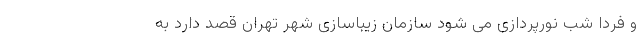
و فردا شب نورپردازی می شود سازمان زیباسازی شهر تهران قصد دارد به